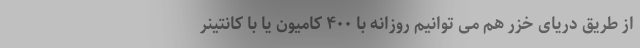
از طریق دریای خزر هم می توانیم روزانه با ۴۰۰ کامیون یا با کانتینر